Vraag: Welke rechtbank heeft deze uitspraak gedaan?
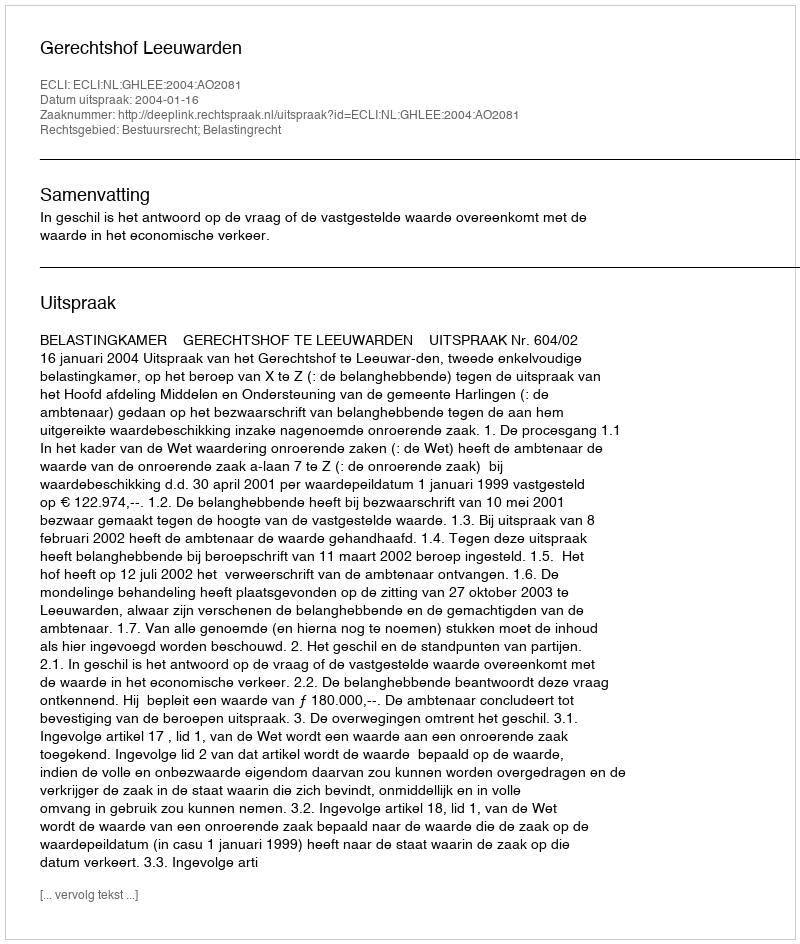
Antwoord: Gerechtshof Leeuwarden